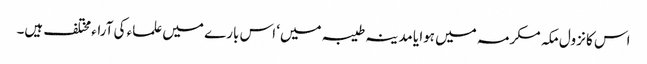
اس کا نزول مکہ مکرمہ میں ہوا یا مدینہ طیبہ میں‘ اس بارے میں علماء کی آراء مختلف ہیں۔